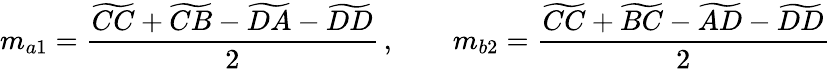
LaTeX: m_{a1}=\frac{\widetilde{CC}+\widetilde{CB}-\widetilde{DA}-\widetilde{DD}}{2}\, ,\qquad m_{b2}=\frac{\widetilde{CC}+\widetilde{BC}-\widetilde{AD}-\widetilde{DD}}{2}